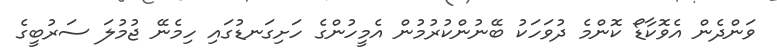
ވަންދެން އެވޮކާޑޯ ކޮންމެ ދުވަހަކު ބޭނުންކުރުމުން އެމީހުންގެ ހަށިގަނޑުގައި ހިމެނޭ ޖުމުލަ ސަރުބީގެ